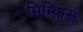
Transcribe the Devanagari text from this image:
मिम्फ़िस